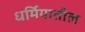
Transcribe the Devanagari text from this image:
धर्मियातील